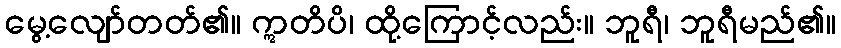
မွေ့လျော်တတ်၏။ ဣတိပိ၊ ထို့ကြောင့်လည်း။ ဘူရီ၊ ဘူရီမည်၏။